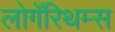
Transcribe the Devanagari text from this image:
लोगॅरिथम्स